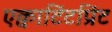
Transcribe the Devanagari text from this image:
एक्वाटिंटप्रिंट